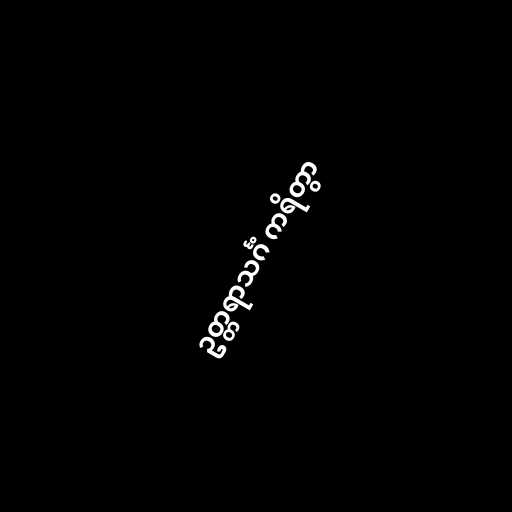
ဥတ္တရာသင်္ဂံ ကရိတွာ